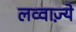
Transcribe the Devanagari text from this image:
लव्वाज़्ये